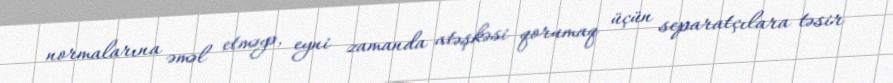
normalarına əməl etməyə, eyni zamanda atəşkəsi qorumaq üçün separatçılara təsir